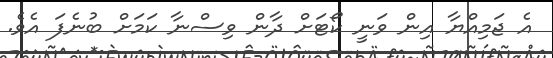
އެ ޖަމިއްޔާ އިން ވަނީ ކޯޓަށް ދާން ވިސްނާ ކަމަށް ބުނެފަ އެވެ.